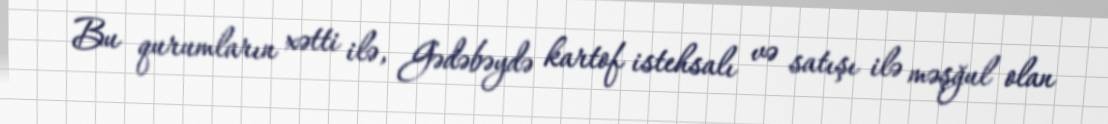
Bu qurumların xətti ilə, Gədəbəydə kartof istehsalı və satışı ilə məşğul olan